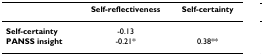
<table><thead><tr><td></td><td><b>Self-reflectiveness</b></td><td><b>Self-certainty</b></td></tr></thead><tbody><tr><td><b>Self-certainty</b></td><td>-0.13</td><td></td></tr><tr><td><b>PANSS insight</b></td><td>-0.21*</td><td>0.38**</td></tr></tbody></table>